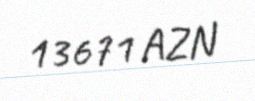
13671 AZN